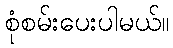
စုံစမ်းပေးပါမယ်။